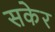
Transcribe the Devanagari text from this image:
सकेर